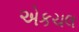
એકચલ